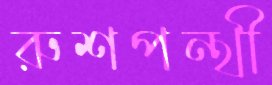
রুশপন্থী